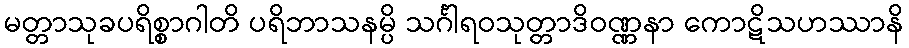
မတ္တာသုခပရိစ္စာဂါတိ ပရိဘာသနမ္ပိ သင်္ဂါရဝသုတ္တာဒိဝဏ္ဏနာ ကောဋိသဟဿာနိ